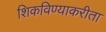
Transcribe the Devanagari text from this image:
शिकविण्याकरीता